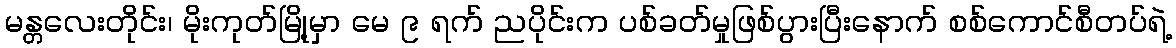
မန္တလေးတိုင်း၊ မိုးကုတ်မြို့မှာ မေ ၉ ရက် ညပိုင်းက ပစ်ခတ်မှုဖြစ်ပွားပြီးနောက် စစ်ကောင်စီတပ်ရဲ့